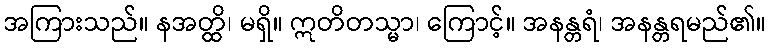
အကြားသည်။ နအတ္ထိ၊ မရှိ။ ဣတိတသ္မာ၊ ကြောင့်။ အနန္တရံ၊ အနန္တရမည်၏။